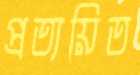
প্রত্যয়িত